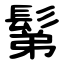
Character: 鬀